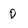
Character: 0